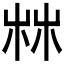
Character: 𣑼